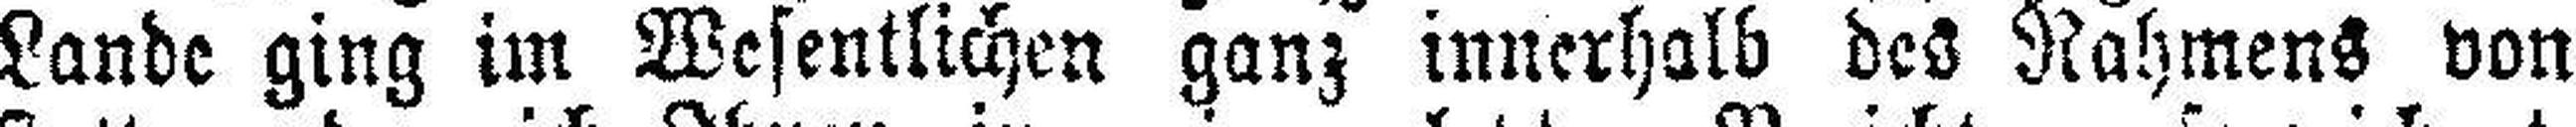
Lande ging im Wesentlichen ganz innerhalb des Nahmens von